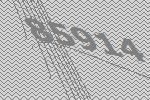
85914